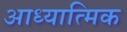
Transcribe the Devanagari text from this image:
आध्‍यात्मिक